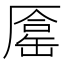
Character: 𠪦